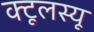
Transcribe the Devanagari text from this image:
क्टूलस्यू